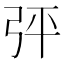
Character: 𢏊